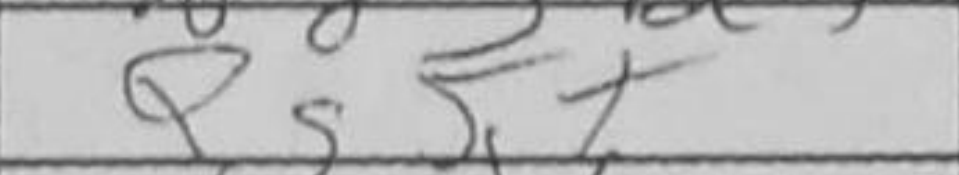
Transcription: Qg5+